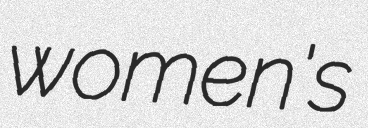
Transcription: women's